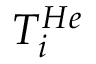
T _ { i } ^ { H e }